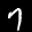
Label: 7